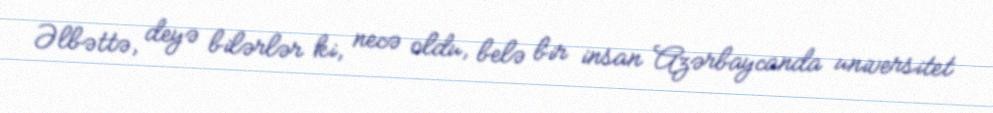
Əlbəttə, deyə bilərlər ki, necə oldu, belə bir insan Azərbaycanda universitet